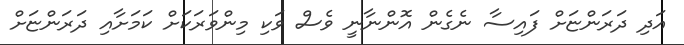
އަދި ދަރަންޏަށް ފައިސާ ނެގެން އޮންނާނީ ވެސް ވަކި މިންވަރަކަށް ކަމަށާއި ދަރަންޏަށް